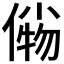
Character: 𰂫